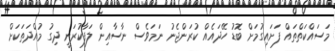
މަސައްކަތްތައް ފަށައިގުމަށް ބޮޑު ހޭދައެއް ކުރަންޖެނު ނަމަވެސް ނާސާއިން ލަފާކުރަނީ ދިގު މުއްދަތަކަށް